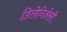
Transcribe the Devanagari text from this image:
डिलेनिअेसी